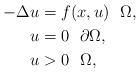
LaTeX: \begin{align*}-\Delta u&= f(x,u)~~\Omega,\\u&=0~~\partial\Omega,\\u&>0~~\Omega,\end{align*}